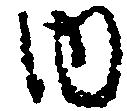
内